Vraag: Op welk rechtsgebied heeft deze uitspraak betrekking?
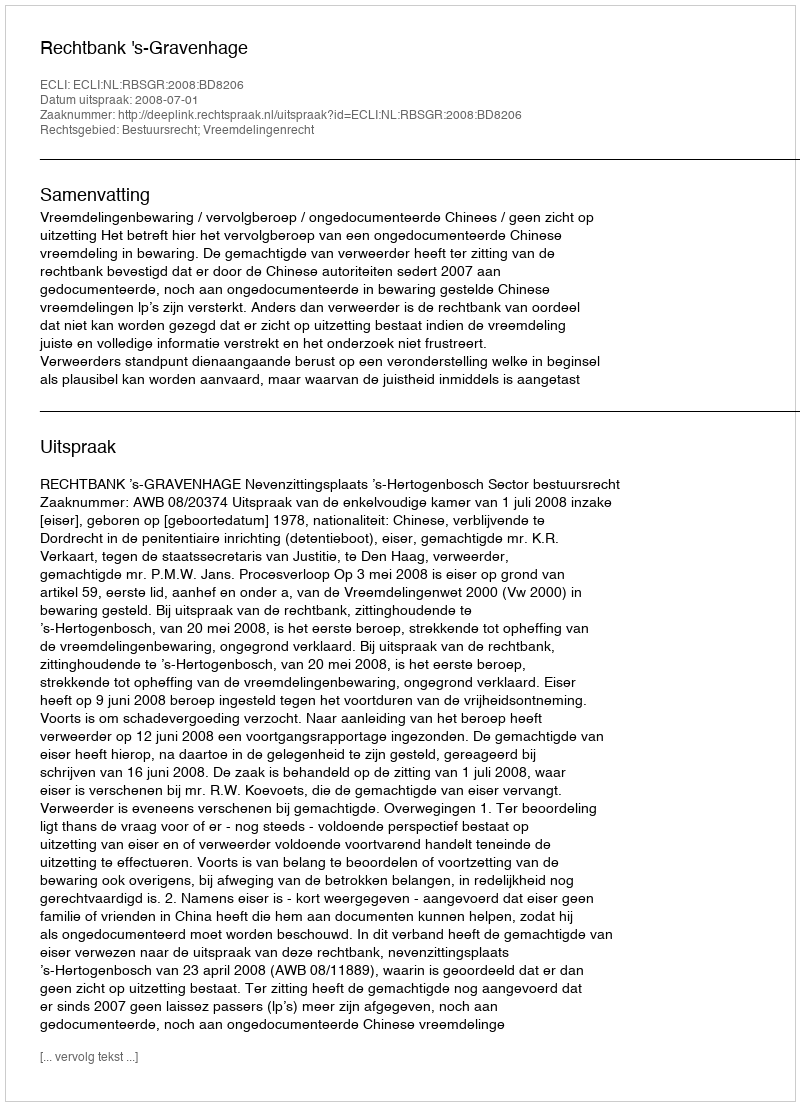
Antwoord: Bestuursrecht; Vreemdelingenrecht